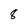
Character: 8